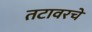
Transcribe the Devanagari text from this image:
तटावरचे